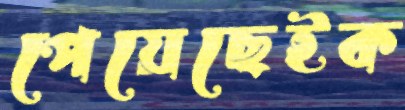
পেয়েছেইক